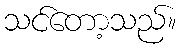
သင်တော့သည်။